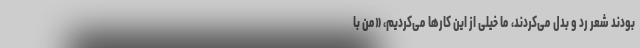
بودند شعر رد و بدل می‌کردند، ما خیلی از این کارها می‌کردیم، «من با